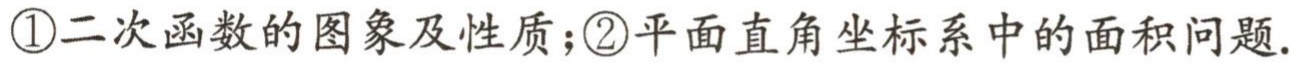
\textcircled{1}二次函数的图象及性质；\textcircled{2}平面直角坐标系中的面积问题.